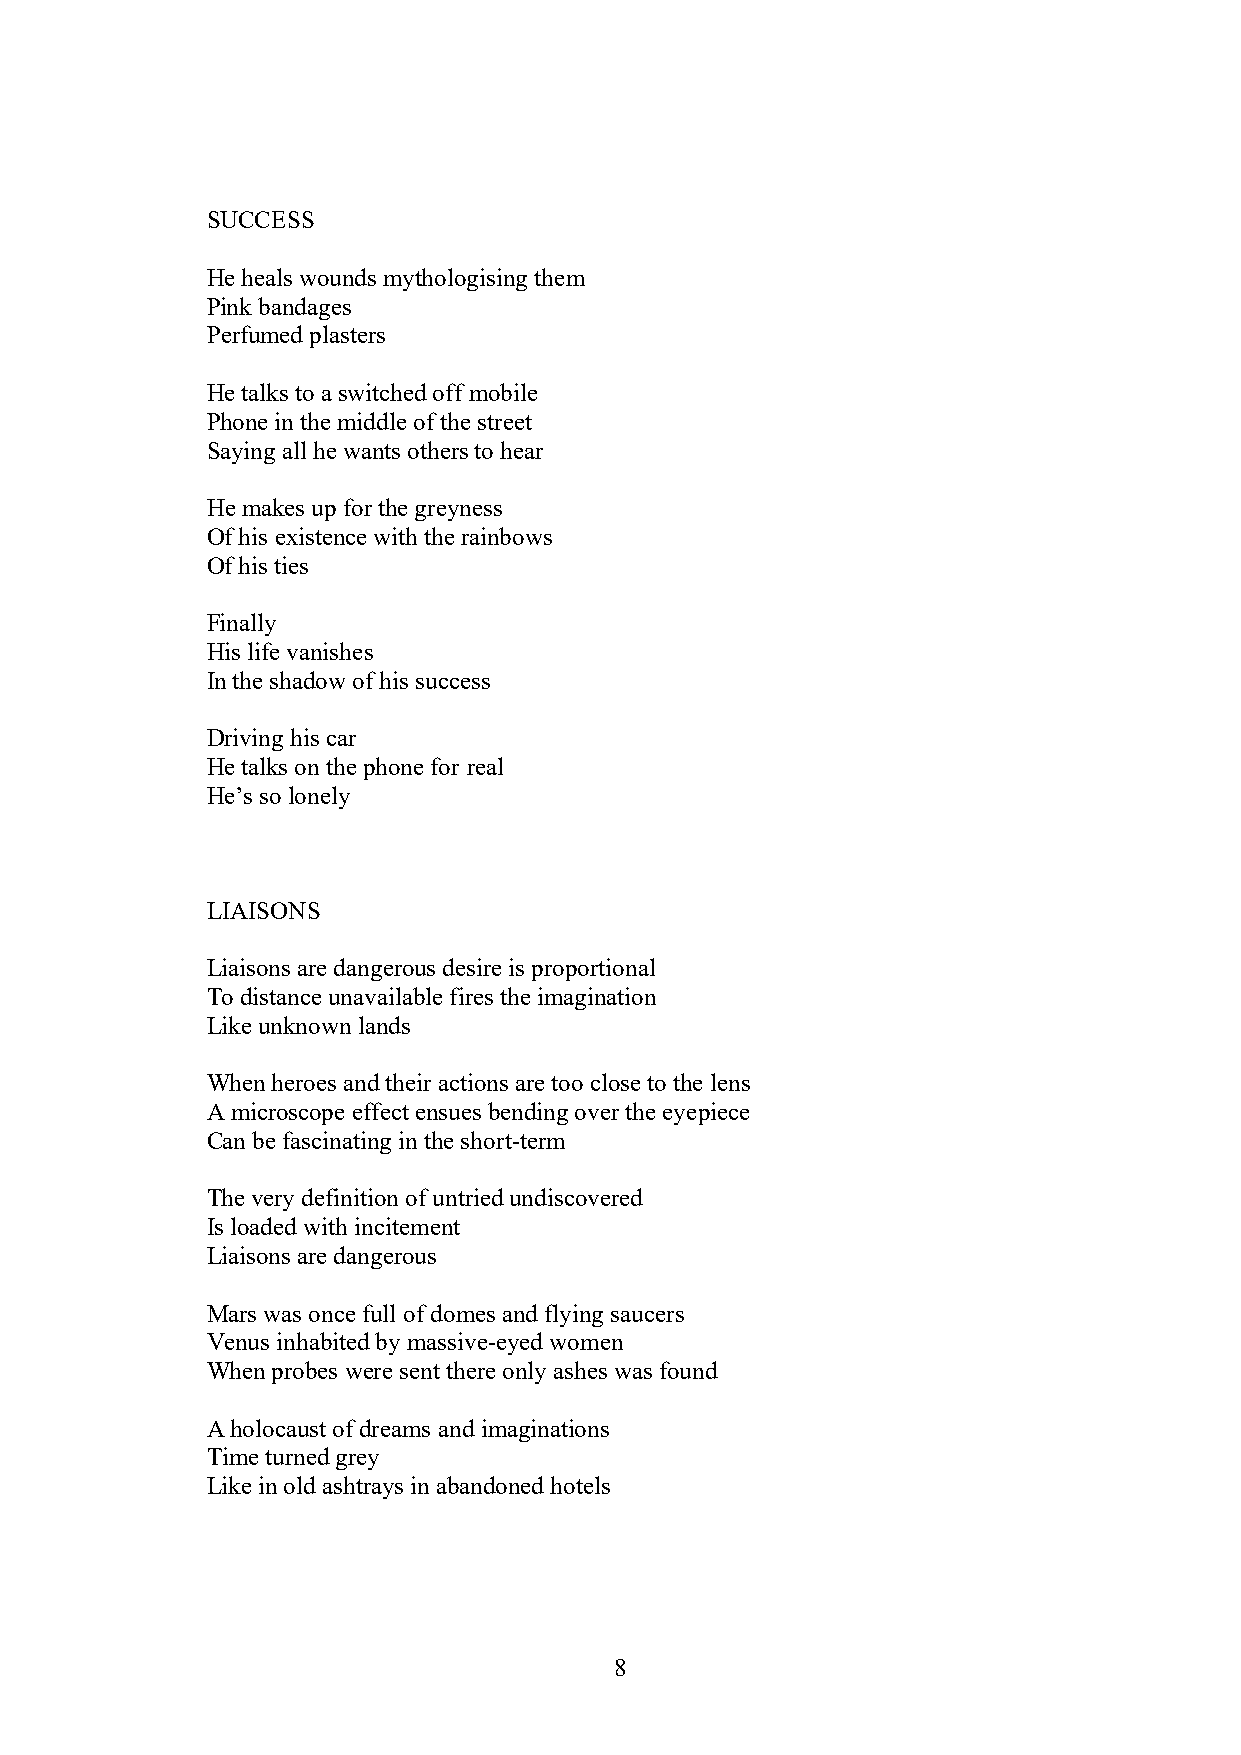
SUCCESS
 He heals wounds mythologising them
 Pink bandages
 Perfumed plasters
 He talks to a switched off mobile
 Phone in the middle of the street
 Saying all he wants others to hear
 He makes up for the greyness
 Of his existence with the rainbows
 Of his ties
 Finally
 His life vanishes
 In the shadow of his success
 Driving his car
 He talks on the phone for real
 He’s so lonely
 LIAISONS
 Liaisons are dangerous desire is proportional
 To distance unavailable fires the imagination
 Like unknown lands
 When heroes and their actions are too close to the lens
 A microscope effect ensues bending over the eyepiece
 Can be fascinating in the short-term
 The very definition of untried undiscovered
 Is loaded with incitement
 Liaisons are dangerous
 Mars was once full of domes and flying saucers
 Venus inhabited by massive-eyed women
 When probes were sent there only ashes was found
 A holocaust of dreams and imaginations
 Time turned grey
 Like in old ashtrays in abandoned hotels
 8